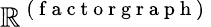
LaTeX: \mathbb{R}^{\mathrm{{~(~f~a~c~t~o~r~g~r~a~p~h~)~}}}